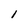
Character: 1